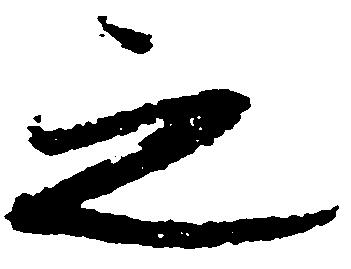
之